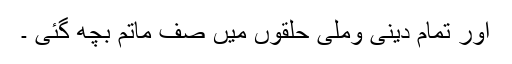
اور تمام دینی وملی حلقوں میں صف ماتم بچھ گئی ۔